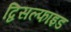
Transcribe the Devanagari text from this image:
द्विसल्फाइड